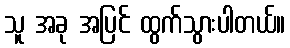
သူ အခု အပြင် ထွက်သွားပါတယ်။